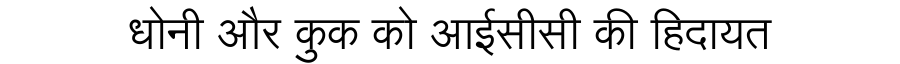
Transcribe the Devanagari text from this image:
धोनी और कुक को आईसीसी की हिदायत